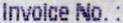
INVOLCE NO.: